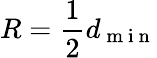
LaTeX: R=\frac{1}{2}d_{\mathrm{~m~i~n~}}